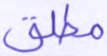
مطلق